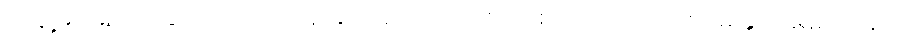
အချို့မှာ မည်းခြောက်လျက် အရိုးနှင့် အရေကပ် ကာ စေ့ထားသော ပါးစပ်မှ နှုတ်ခမ်းသားများ